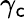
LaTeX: \gamma_{\mathsf{c}}